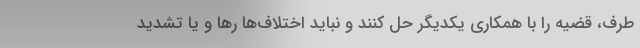
طرف، قضیه را با همکاری یکدیگر حل کنند و نباید اختلاف‌ها رها و یا تشدید